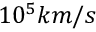
1 0 ^ { 5 } k m / s